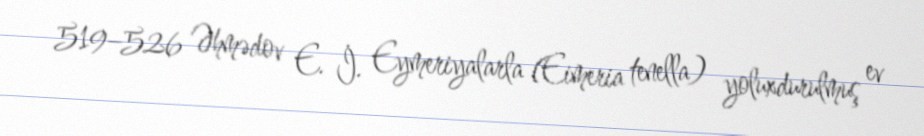
519–526 Əhmədov E. İ. Eymeriyalarla (Eimeria tenella) yoluxdurulmuş ev